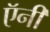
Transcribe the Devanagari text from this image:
ऍनी